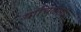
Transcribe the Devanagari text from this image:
याचिलागीं